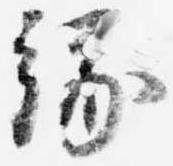
縁